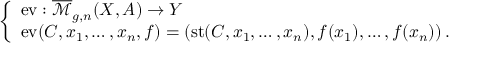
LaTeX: \left\{ \begin{array} { l l } { \mathrm { e v } : { \overline { { \mathcal { M } } } } _ { g , n } ( X , A ) \to Y } \\ { \mathrm { e v } ( C , x _ { 1 } , \ldots , x _ { n } , f ) = \left( \operatorname { s t } ( C , x _ { 1 } , \ldots , x _ { n } ) , f ( x _ { 1 } ) , \ldots , f ( x _ { n } ) \right) . } \end{array} \right.